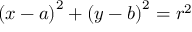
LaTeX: \left( x - a \right) ^ { 2 } + \left( y - b \right) ^ { 2 } = r ^ { 2 }